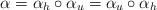
LaTeX: \begin{align*}\alpha=\alpha_h\circ \alpha_u=\alpha_u\circ\alpha_h\end{align*}